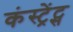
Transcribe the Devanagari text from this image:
कंस्ट्रेंट्स